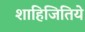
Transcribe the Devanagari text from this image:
शाहिजितिये